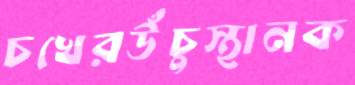
চখেরউঁচুস্থানক